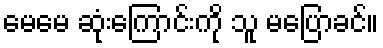
မေမေ ဆုံးကြောင်းကို သူ မပြောခင်။